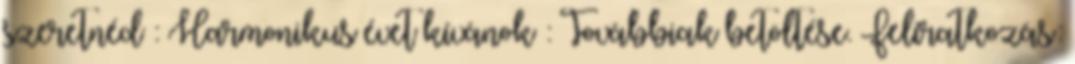
szeretnéd : Harmonikus évet kívánok : Továbbiak betöltése. Feliratkozás: